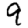
Digit: 9